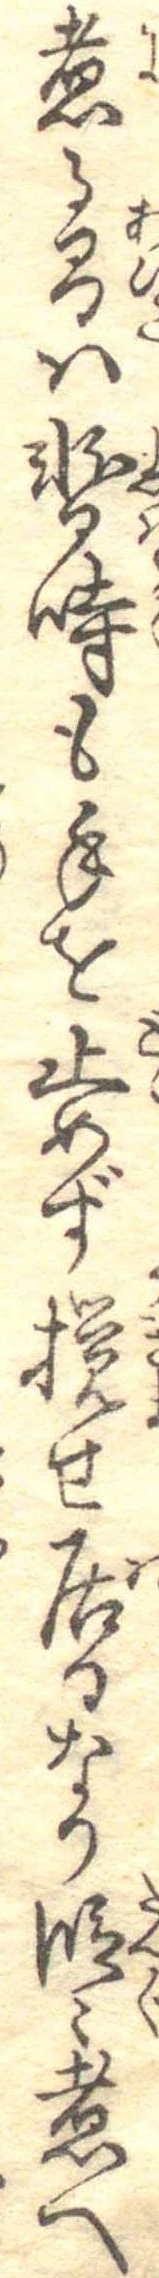
煮る間は暫時も手を止めず撹せ居るなり段々煮へ